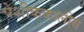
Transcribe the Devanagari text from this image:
पेशीककालीय